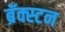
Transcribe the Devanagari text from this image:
ब्रॅक्स्टन